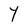
Character: Y